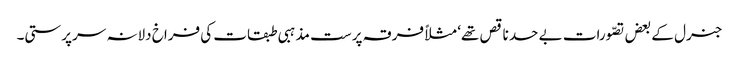
جنرل کے بعض تصّورات بے حد ناقص تھے‘ مثلاً فرقہ پرست مذہبی طبقات کی فراخ دلانہ سرپرستی۔